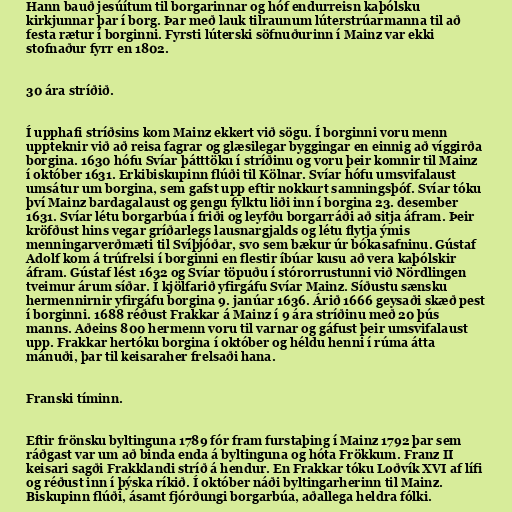
Hann bauð jesúítum til borgarinnar og hóf endurreisn kaþólsku
kirkjunnar þar í borg. Þar með lauk tilraunum lúterstrúarmanna til að
festa rætur í borginni. Fyrsti lúterski söfnuðurinn í Mainz var ekki
stofnaður fyrr en 1802.

30 ára stríðið.

Í upphafi stríðsins kom Mainz ekkert við sögu. Í borginni voru menn
uppteknir við að reisa fagrar og glæsilegar byggingar en einnig að víggirða
borgina. 1630 hófu Svíar þátttöku í stríðinu og voru þeir komnir til Mainz
í október 1631. Erkibiskupinn flúði til Kölnar. Svíar hófu umsvifalaust
umsátur um borgina, sem gafst upp eftir nokkurt samningsþóf. Svíar tóku
því Mainz bardagalaust og gengu fylktu liði inn í borgina 23. desember
1631. Svíar létu borgarbúa í friði og leyfðu borgarráði að sitja áfram. Þeir
kröfðust hins vegar gríðarlegs lausnargjalds og létu flytja ýmis
menningarverðmæti til Svíþjóðar, svo sem bækur úr bókasafninu. Gústaf
Adolf kom á trúfrelsi í borginni en flestir íbúar kusu að vera kaþólskir
áfram. Gústaf lést 1632 og Svíar töpuðu í stórorrustunni við Nördlingen
tveimur árum síðar. Í kjölfarið yfirgáfu Svíar Mainz. Síðustu sænsku
hermennirnir yfirgáfu borgina 9. janúar 1636. Árið 1666 geysaði skæð pest
í borginni. 1688 réðust Frakkar á Mainz í 9 ára stríðinu með 20 þús
manns. Aðeins 800 hermenn voru til varnar og gáfust þeir umsvifalaust
upp. Frakkar hertóku borgina í október og héldu henni í rúma átta
mánuði, þar til keisaraher frelsaði hana.

Franski tíminn.

Eftir frönsku byltinguna 1789 fór fram furstaþing í Mainz 1792 þar sem
ráðgast var um að binda enda á byltinguna og hóta Frökkum. Franz II
keisari sagði Frakklandi stríð á hendur. En Frakkar tóku Loðvík XVI af lífi
og réðust inn í þýska ríkið. Í október náði byltingarherinn til Mainz.
Biskupinn flúði, ásamt fjórðungi borgarbúa, aðallega heldra fólki.